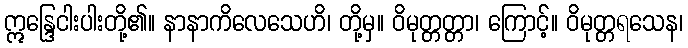
ဣန္ဒြေငါးပါးတို့၏။ နာနာကိလေသေဟိ၊ တို့မှ။ ဝိမုတ္တတ္တာ၊ ကြောင့်။ ဝိမုတ္တရသေန၊